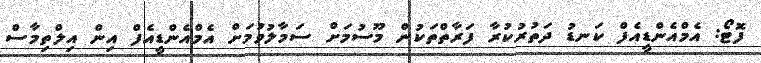
ފޮޓޯ: އެމްއެންޑީއެފް ކަނޑު ދަތުރުކުރާ ފަރާތްތަކުން މޫސުމަށް ސަމާލުވުމަށް އެމްއެންޑީއެފް އިން އިލްތިމާސް